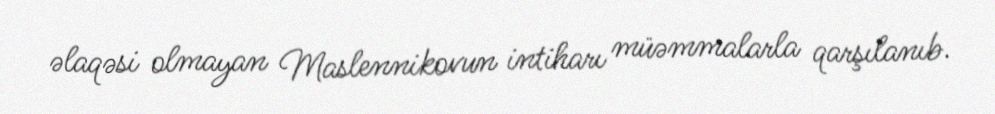
əlaqəsi olmayan Maslennikovun intiharı müəmmalarla qarşılanıb.